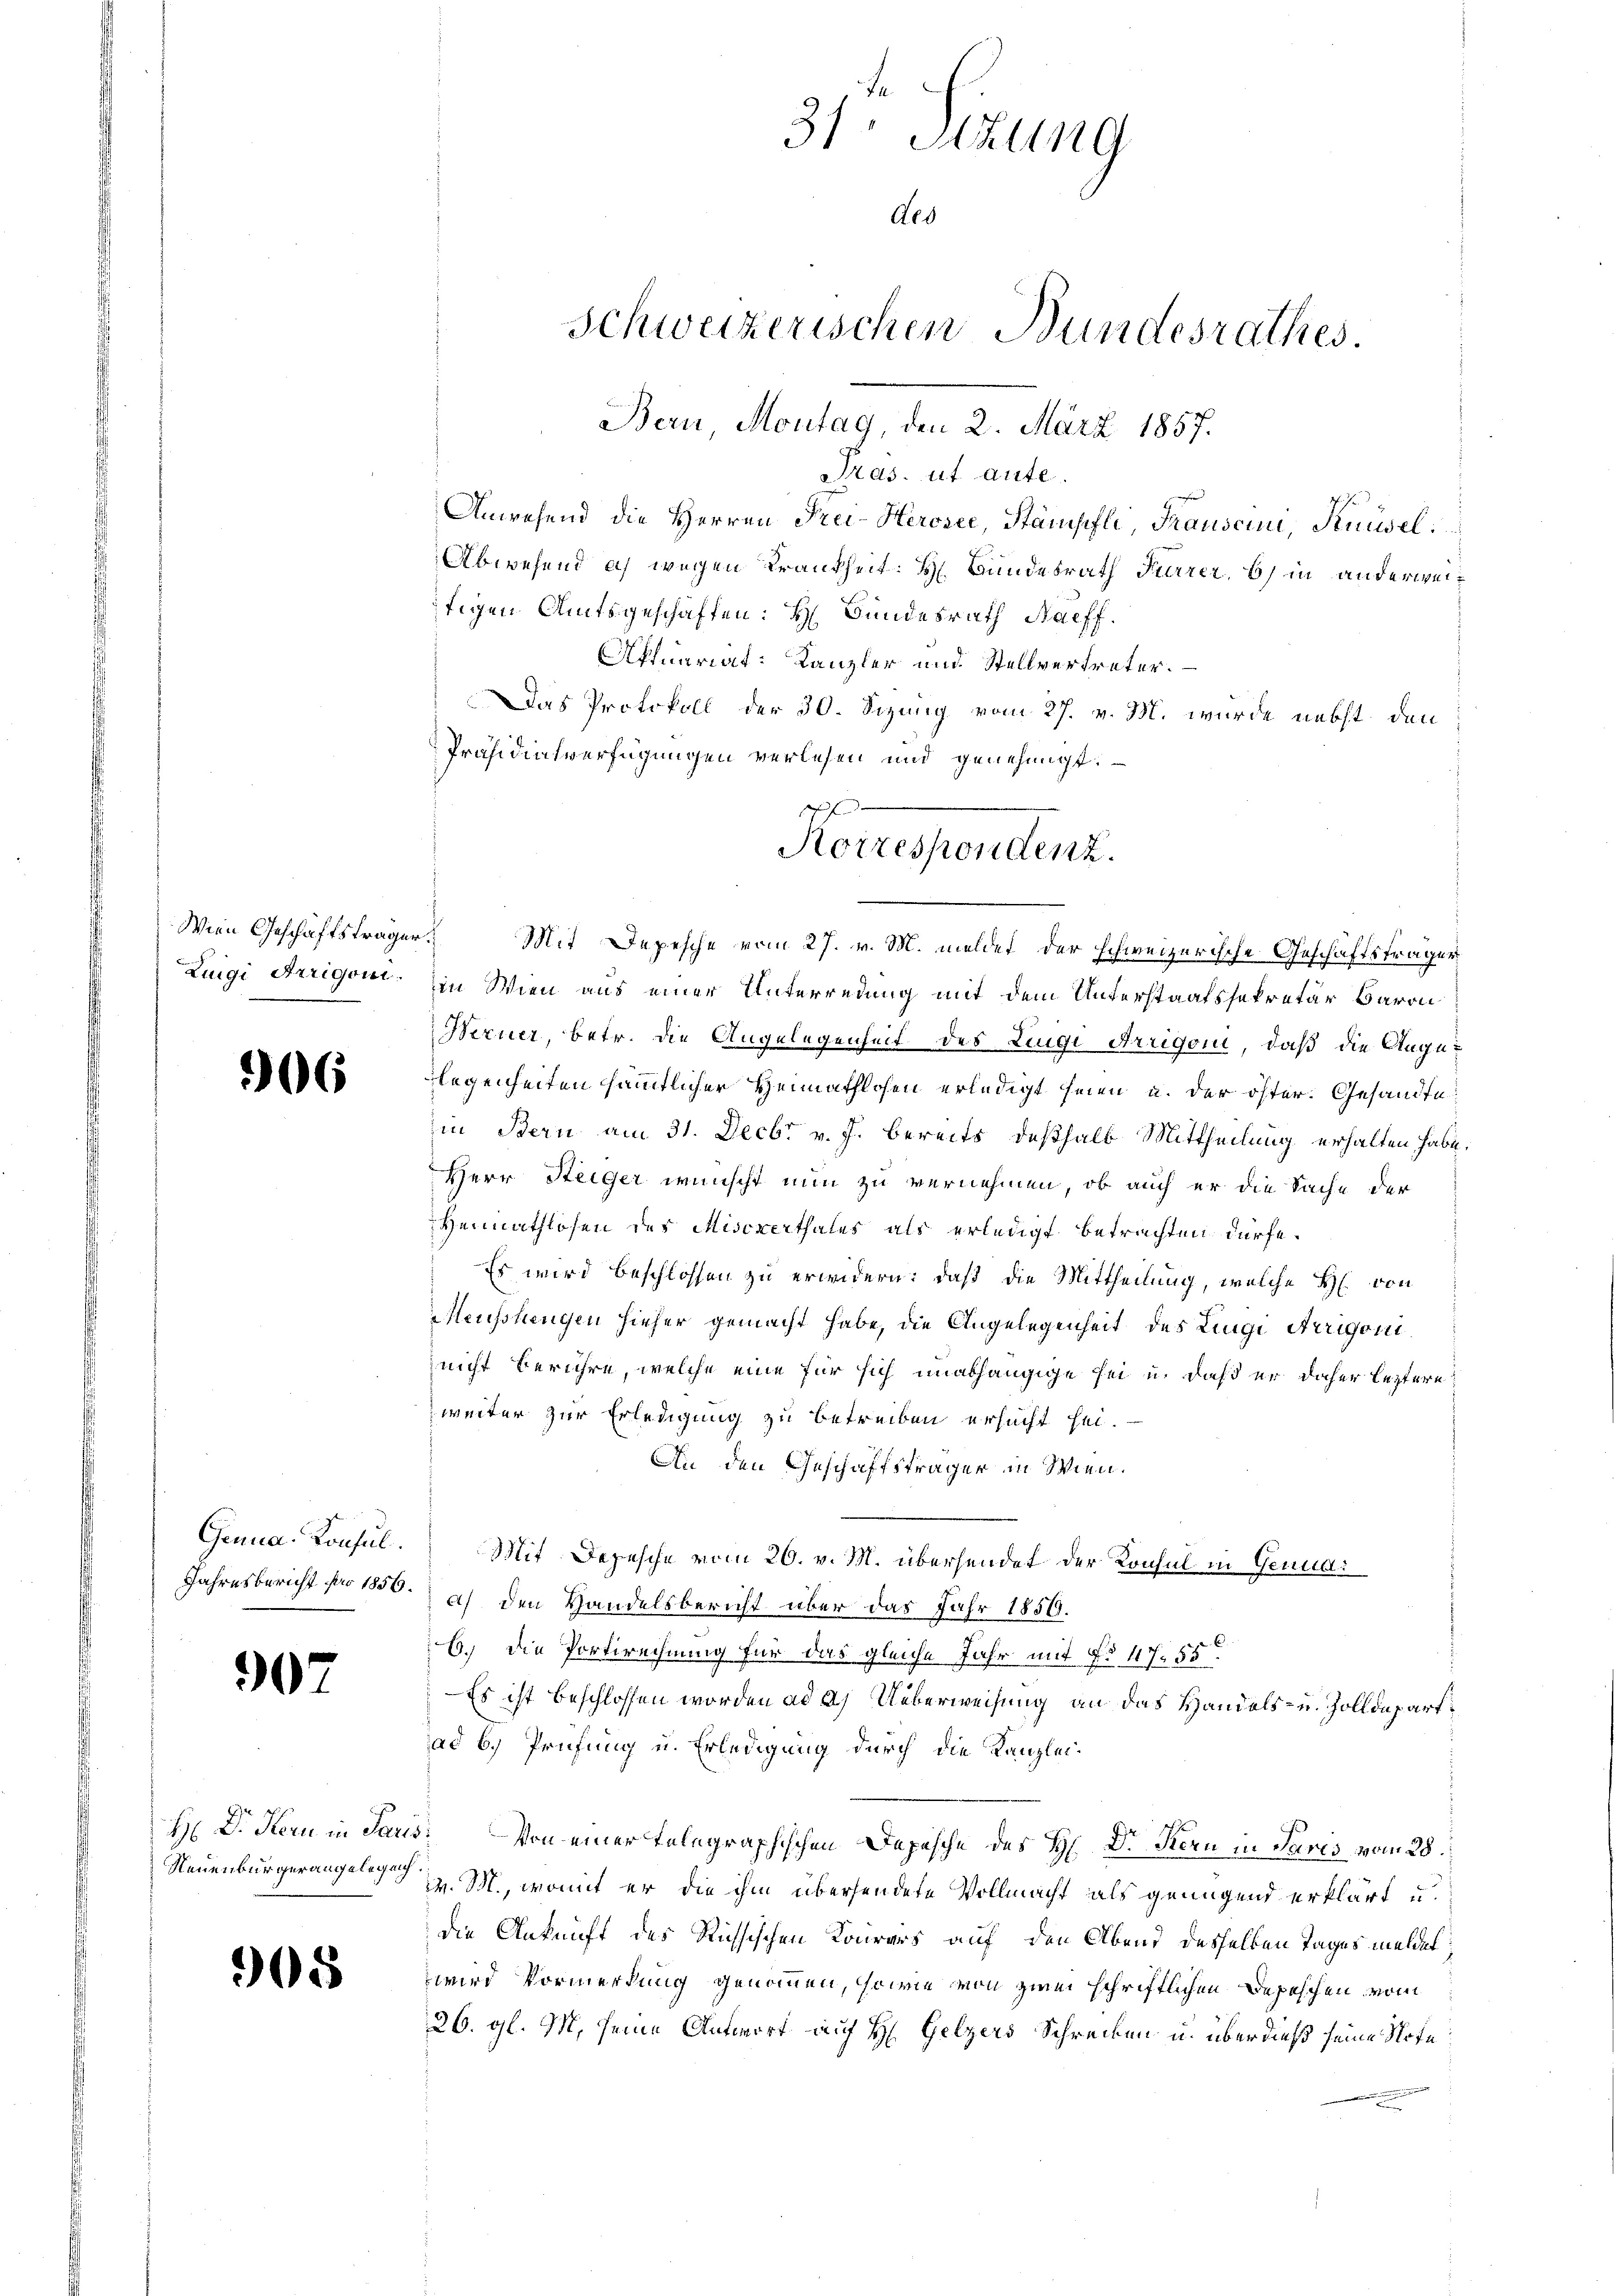
Luigi Arrigoni.

6

907

Genua, Konsul.
Jahresbericht pro 1856.

H Dr. Kern in Paris.

305

31 Sitzung
des

Schweizerischen Bundesrathes.
Bern, Montag, den 2. März 1857.

Pras. ut aute.
Anwesend die Herren Frei-Herosee, Stämpfli, Frauscini, Knüsel:
Abwesend a) wegen Krankheit. H. Bundesrath Fierzer, 6) in anderweitigen Amtsgeschäften: H Bundesrath Naeff
Affuariat: Kanzler und Stellvertreter.
Das Protokoll der 30. Sizung vom 27. v. M. wurde nebst den
Präsidialverfügungen verlesen und genehmigt.
Wien Geschäftsträger Mit Depesche vom 27. v. M. meldet, der schweizerische Geschäftsträger
in Wien aus einer Unterredung mit dem Unterstaatssekretär Baron
Berner, betr. die Angelegenheit des Zugi Arrigoni, daß die Augu-
legenheiten sämmtlicher Heimathlosen erledigt seien u. der öster. Gesandte
in Bern am 31. Decbr v. J. bereits deßhalb Mittheilung erhalten habe.
Herr Steiger wünscht nun zu vernehmen, ob auch er die Sache der
Heimathlosen des Mischerthales als erledigt betrachten dürfe.
Es wird beschlossen zu erwidern: daß die Mittheilung, welche H. von
Meusslangen hieher gemacht habe, die Angelegenheit des Lingi irrigoninicht berühre, welche eine für sich unabhängige sei u. daß er daher leztere
weiter zur Erledigung zu betreiben ersucht sei.
An den Geschäftsträger in Wien.
Mit Depesche vom 26. v. M. übersendet der Konsul in Genudi
a) den Handelsbericht über das Jahr 1850.
6.) Die Portirechnung für das gleiche Jahr mit No 11755.
Es ist beschlossen worden ad 2.) Ueberweisung an das Handels- u. Zolldepart
ad b.) Prüfung u. Erledigung durch die Kanzlei¬
 Von einer telegraphischen Depesche des H. Dr Kern in Paris vom 28.
Neuenburgerangelegen. M., womit er die ihm übersendete Vollmacht als genügend erklärt u.
die Ankunft des Richsischen Kourers auf den Abend desselben Tages meldet
wird Vormerkung genommen, sowie von zwei schriftlichen Depeschen vom
26. gl. M. seine Antwort auf H. Gelzers Schreiben u. überdieß seine Note

f f
Korrespondenz.